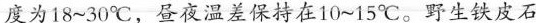
度为18~30℃，昼夜温差保持在10~15℃。野生铁皮石